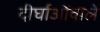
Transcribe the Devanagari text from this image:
दीर्घाओंवाले